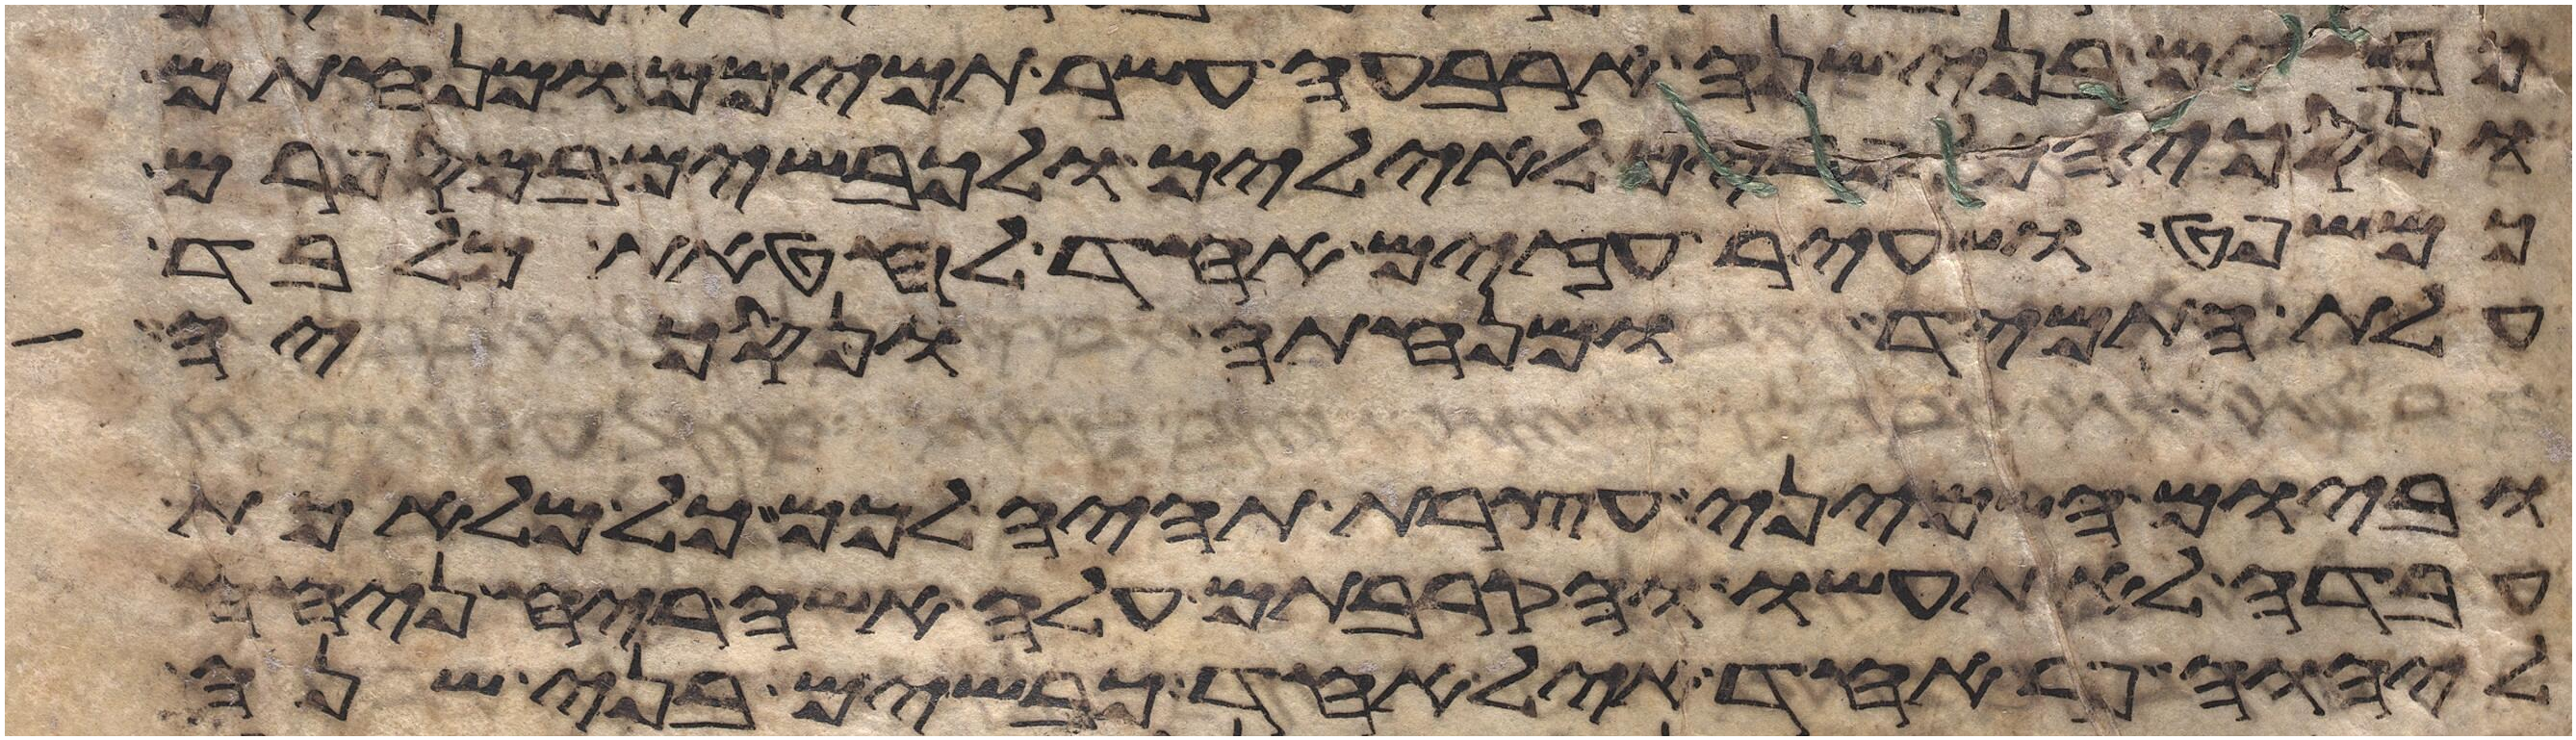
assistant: כבשים בני שנה ארבעה עשר תמימם ומנחתם
ונסכיהם לפרים לאילים ולכבשים במספרם
כמשפט ושעיר עזים אחד לחטאת מלבד
עלת התמיד ומנחתה ונסכיה
וביום השמיני עצרת תהיה לכם כל מלאכת
עבדה לא תעשו והקרבתם עלה אשה ריח ניחח
ליהוה פר אחד איל אחד כבשים בני שנה